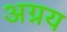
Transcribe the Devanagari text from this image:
अग्नय